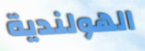
الهولندية